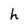
Character: h